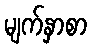
မျက်နှာစာ